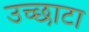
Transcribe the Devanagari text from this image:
उच्छाटा